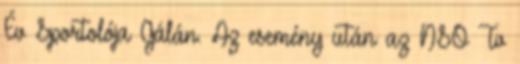
Év Sportolója Gálán. Az esemény után az NSO Tv